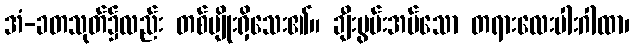
အံ-ခတသုတ်၌လည်း တစ်မျိုးရှိသေး၏။ ချီးမွမ်းအပ်သော တရားလေးပါးဂါထာ၊